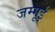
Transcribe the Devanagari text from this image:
जम्मूई